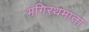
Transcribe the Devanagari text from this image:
भगिरथमाता